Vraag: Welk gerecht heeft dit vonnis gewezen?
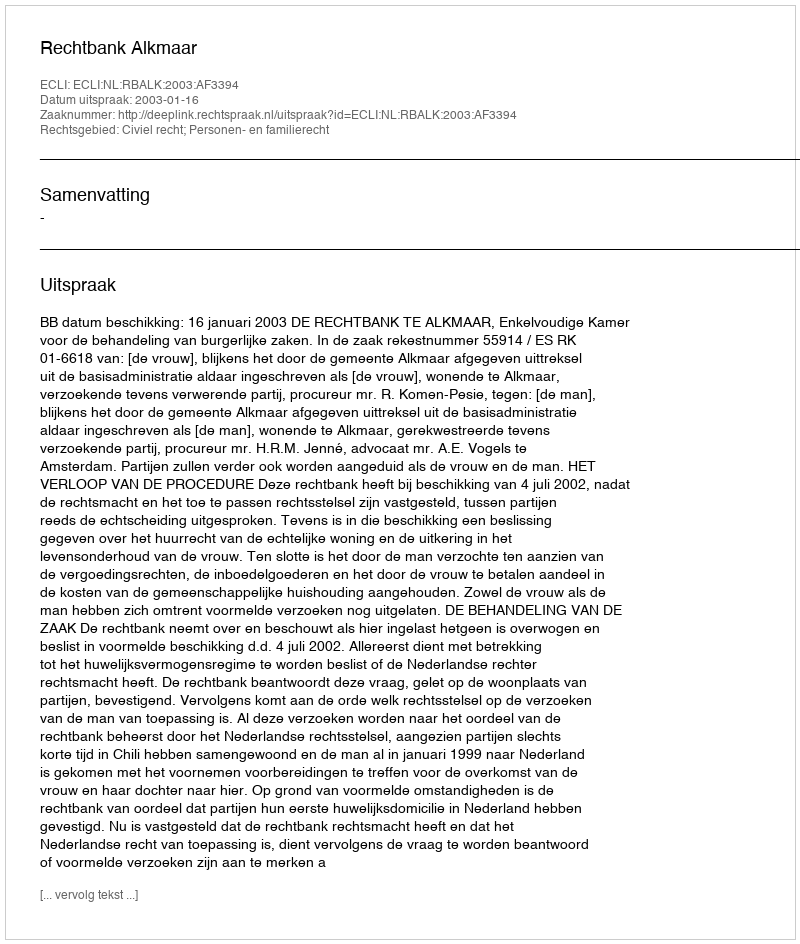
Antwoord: Rechtbank Alkmaar